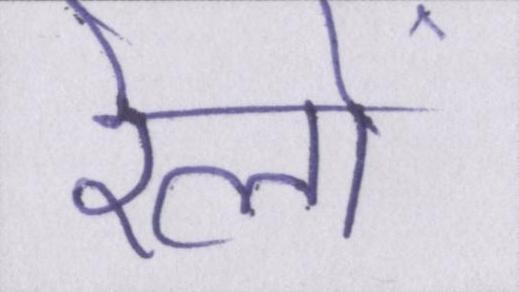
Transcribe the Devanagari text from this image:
रेलों